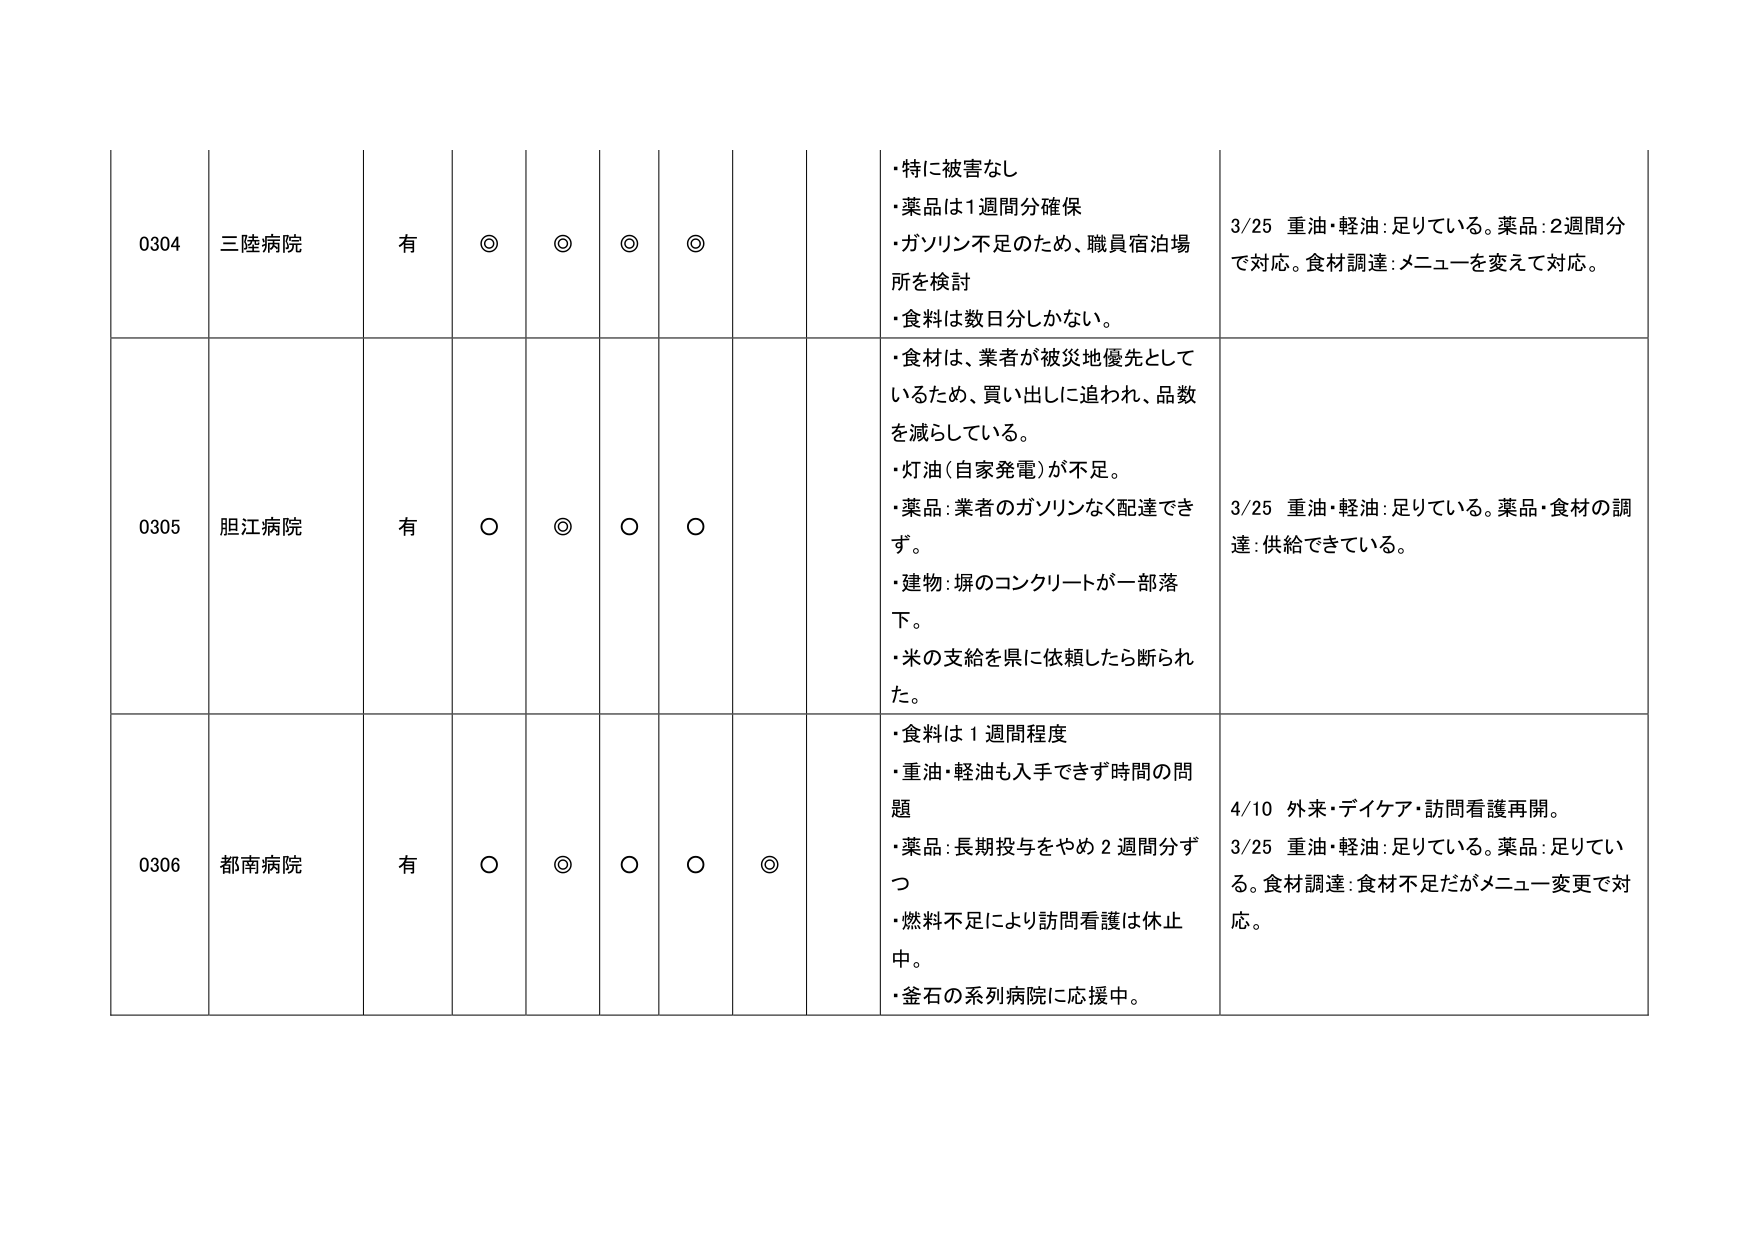
0304 三陸病院 有 ◎ ◎ ◎ ◎ ・特に被害なし ・薬品は1週間分確保 ・ガソリン不足のため、職員宿泊場所を検討 ・食料は数日分しかない。 3/25 重油・軽油：足りている。薬品：2週間分で対応。食材調達：メニューを変えて対応。

0305 胆江病院 有 ○ ◎ ○ ○ ・食材は、業者が被災地優先としているため、買い出しに追われ、品数を減らしている。 ・灯油（自家発電）が不足。 ・薬品：業者のガソリンなく配達できず。 ・建物：塀のコンクリートが一部落下。 ・米の支給を県に依頼したら断られた。 3/25 重油・軽油：足りている。薬品・食材の調達：供給できている。

0306 都南病院 有 ○ ◎ ○ ○ ◎ ・食料は1週間程度 ・重油・軽油も入手できず時間の問題 ・薬品：長期投与をやめ2週間分ずつ ・燃料不足により訪問看護は休止中。 ・釜石の系列病院に応援中。 4/10 外来・デイケア・訪問看護再開。 3/25 重油・軽油：足りている。薬品：足りている。食材調達：食材不足だがメニュー変更で対応。